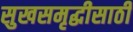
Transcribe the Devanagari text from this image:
सुखसमृद्धीसाठी